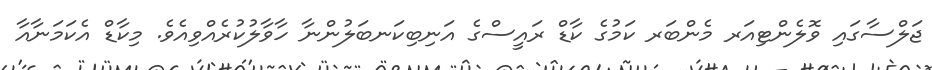
ޖަލްސާގައި ވޮލެންޓިއަރ މެންބަރ ކަމުގެ ކާޑް ރައީސްގެ އަނިބިކަނބަލުންނާ ހާވާލުކުރެއްވިއެވެ. މިކާޑް އެކަމަނާއާ